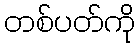
တစ်ပတ်ကို